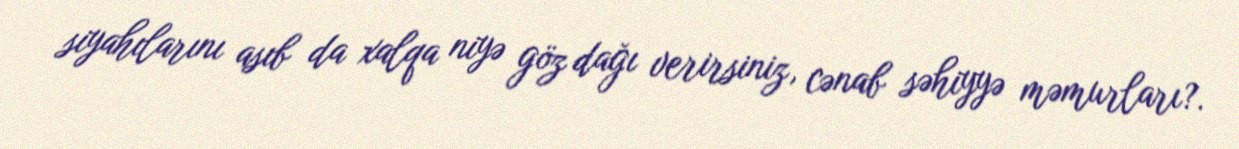
siyahılarını asıb da xalqa niyə göz dağı verirsiniz, cənab səhiyyə məmurları?.